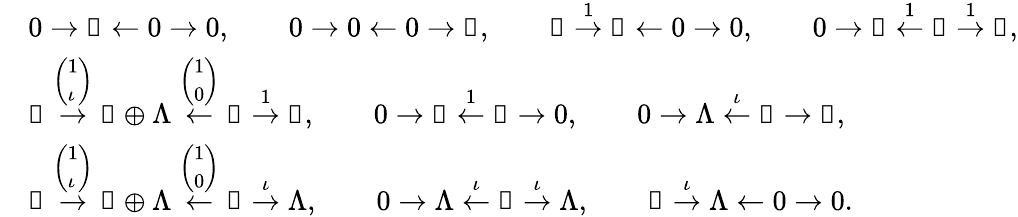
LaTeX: \begin{array}{rl}&{0\to\Bbbk\leftarrow 0\to 0,\qquad 0\to 0\leftarrow 0\to\Bbbk,\qquad\Bbbk\stackrel{1}{\to}\Bbbk\leftarrow 0\to 0,\qquad 0\to\Bbbk\stackrel{1}{\leftarrow}\Bbbk\stackrel{1}{\to}\Bbbk,}\\ &{\Bbbk\stackrel{\left(\begin{array}{l}{1}\\ {\iota}\end{array}\right)}{\to}\Bbbk\oplus\Lambda\stackrel{\left(\begin{array}{l}{1}\\ {0}\end{array}\right)}{\leftarrow}\Bbbk\stackrel{1}{\to}\Bbbk,\qquad 0\to\Bbbk\stackrel{1}{\leftarrow}\Bbbk\to 0,\qquad 0\to\Lambda\stackrel{\iota}{\leftarrow}\Bbbk\to\Bbbk,}\\ &{\Bbbk\stackrel{\left(\begin{array}{l}{1}\\ {\iota}\end{array}\right)}{\to}\Bbbk\oplus\Lambda\stackrel{\left(\begin{array}{l}{1}\\ {0}\end{array}\right)}{\leftarrow}\Bbbk\stackrel{\iota}{\to}\Lambda,\qquad 0\to\Lambda\stackrel{\iota}{\leftarrow}\Bbbk\stackrel{\iota}{\to}\Lambda,\qquad\Bbbk\stackrel{\iota}{\to}\Lambda\leftarrow 0\to 0.}\end{array}